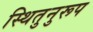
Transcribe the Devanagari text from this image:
स्थितुनुरूप